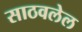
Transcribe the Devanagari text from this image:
साठवलेल